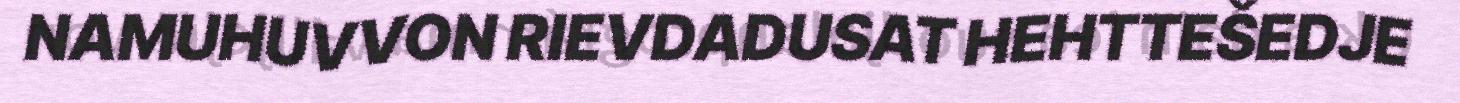
NAMUHUVVON RIEVDADUSAT HEHTTEŠEDJE